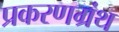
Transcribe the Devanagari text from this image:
प्रकरणग्रंथ